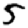
Digit: 5